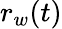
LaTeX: r_{w}(t)